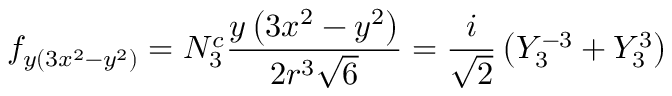
f _ { y ( 3 x ^ { 2 } - y ^ { 2 } ) } = N _ { 3 } ^ { c } { \frac { y \left( 3 x ^ { 2 } - y ^ { 2 } \right) } { 2 r ^ { 3 } { \sqrt { 6 } } } } = { \frac { i } { \sqrt { 2 } } } \left( Y _ { 3 } ^ { - 3 } + Y _ { 3 } ^ { 3 } \right)